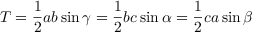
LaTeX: T = { \frac { 1 } { 2 } } a b \sin \gamma = { \frac { 1 } { 2 } } b c \sin \alpha = { \frac { 1 } { 2 } } c a \sin \beta